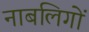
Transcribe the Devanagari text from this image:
नाबलिगों